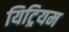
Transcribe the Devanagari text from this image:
यिट्रियम